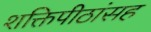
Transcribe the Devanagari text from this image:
शक्तिपीठांसह